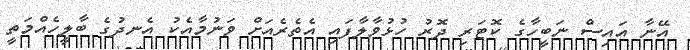
އޭނާ އައިސް ނަބީހާގެ ކޮޓަރި ދޮރު ހުޅުވާލާފައި އެތެރެއަށް ވަނުމާއެކު އެނދުގެ ބާލީހެއްމަތީ